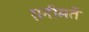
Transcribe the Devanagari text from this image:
ग़नीमतें